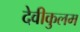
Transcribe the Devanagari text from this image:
देवीकुलम